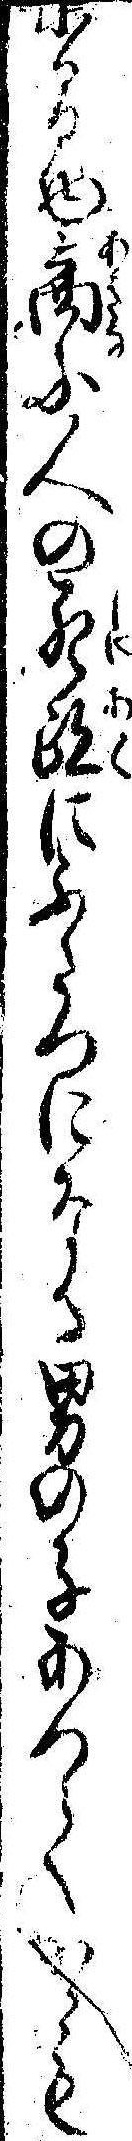
小間物商ふ人の死跡にふたつになる男の子あつてかゝも